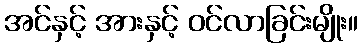
အင်နှင့် အားနှင့် ဝင်လာခြင်းမျိုး။